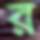
র